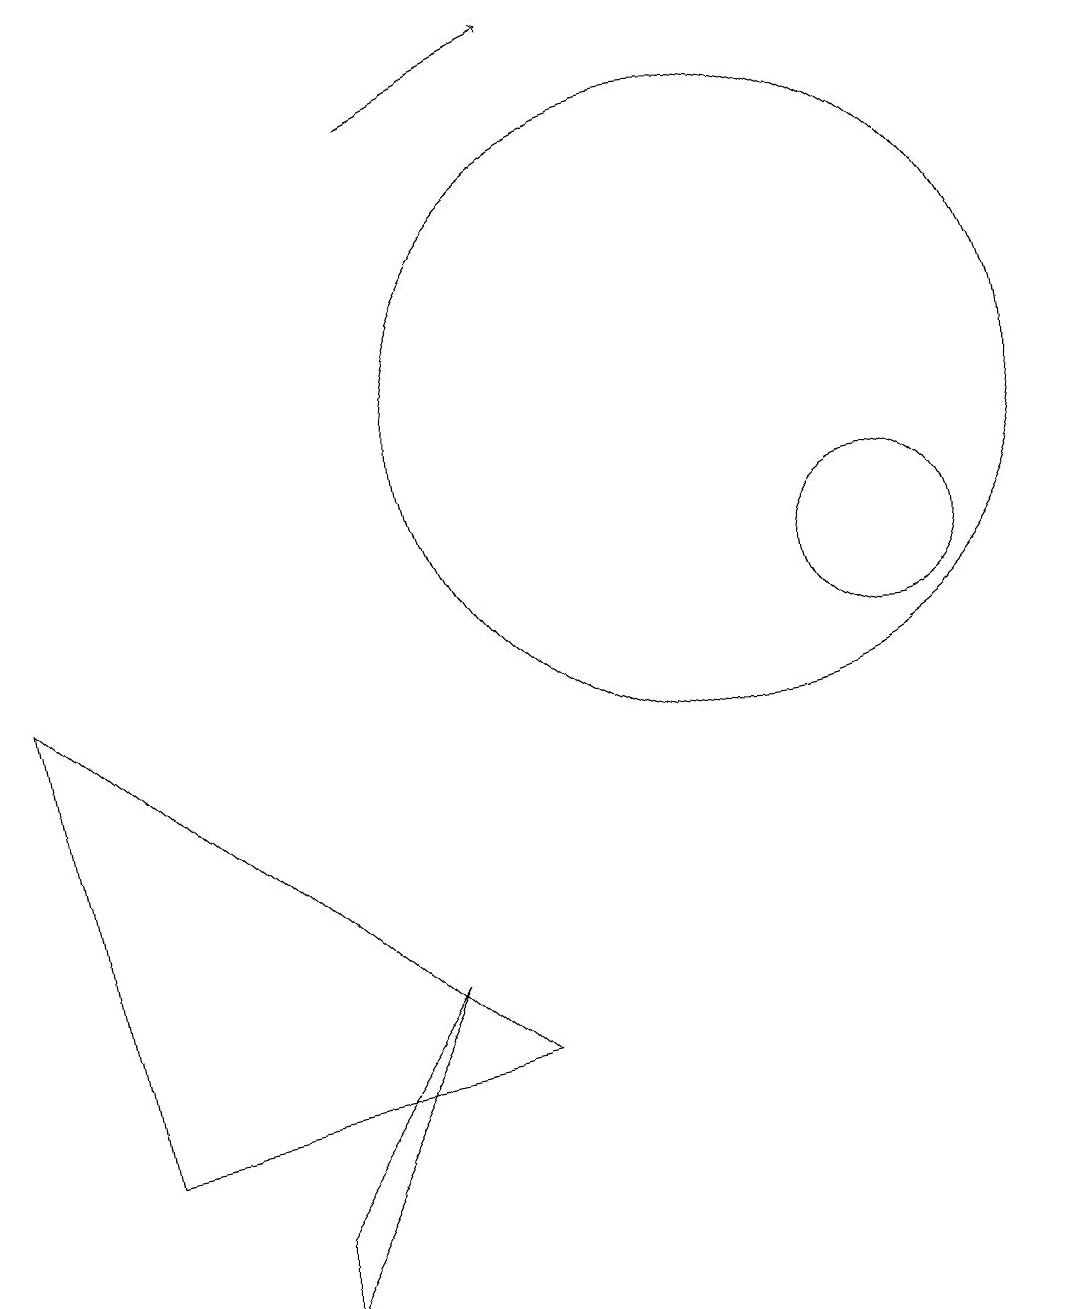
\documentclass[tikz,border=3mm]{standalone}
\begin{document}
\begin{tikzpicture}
\draw (4,1) -- (6,5) -- (4,2) -- cycle;
\draw (12,10) circle (1);
\draw[->] (6,16) -- (8,17);
\draw (7,4) -- (1,9) -- (2,3) -- cycle;
\draw (10,12) circle (4);
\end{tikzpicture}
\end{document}